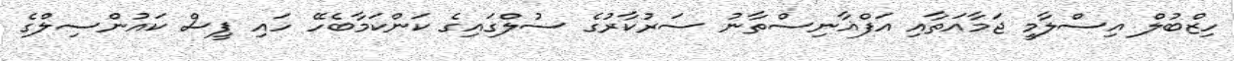
ހިޒްބުލް އިސްލާމީ ޖަމާއަތާއި އަފްޣާނިސްތާނު ސަރުކާރުގެ ސުލްގައިގެ ކަންކަމާބެހޭ ހައި ޕީސް ކައުންސިލްގެ